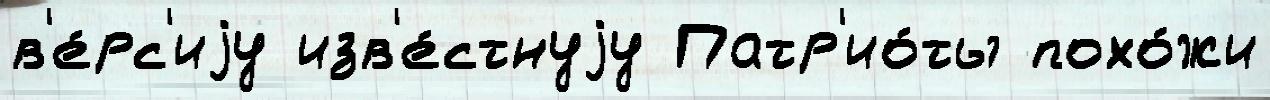
в'е́рс'иjу изв'е́стнуjу Патр'ио́ты похо́жи